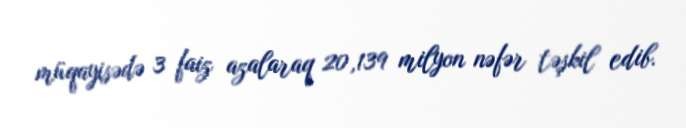
müqayisədə 3 faiz azalaraq 20,139 milyon nəfər təşkil edib.